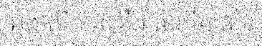
ឆ្លងលើកនេះគឺជាសាក្ខីភាពនៃ